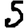
Digit: 5